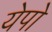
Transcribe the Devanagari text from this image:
येपो